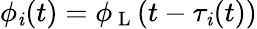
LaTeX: \phi_{\mathit{i}}(t)=\phi_{\mathrm{{~L~}}}(t-\tau_{\mathit{i}}(t))